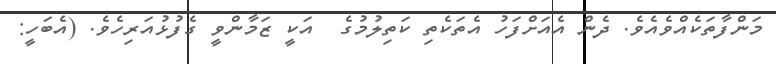
މަންފާތަކެއްވެއެވެ. ދެން އެއަށްފަހު އެތަކެތި ކަތިލުމުގެ  އަކީ ޒަމާންވީ ގެފުޅުއަރިހެވެ. (އެބަހީ: